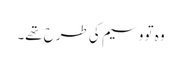
وہ تو وسیم کی طرح تھے۔